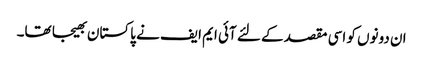
ان دونوں کو اسی مقصد کے لئے آئی ایم ایف نے پاکستان بھیجا تھا۔